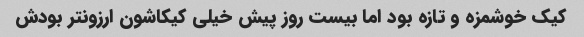
کیک خوشمزه و تازه بود اما بیست روز پیش خیلی کیکاشون ارزونتر بودش